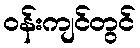
ဝန်းကျင်တွင်